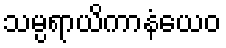
သမ္ပရာယိကာနံယေဝ